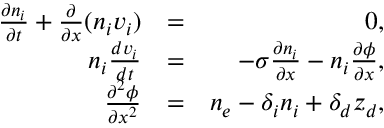
\begin{array} { r l r } { \frac { \partial n _ { i } } { \partial t } + \frac { \partial } { \partial x } ( n _ { i } v _ { i } ) } & { = } & { 0 , } \\ { n _ { i } \frac { d v _ { i } } { d t } } & { = } & { - \sigma \frac { \partial n _ { i } } { \partial x } - n _ { i } \frac { \partial \phi } { \partial x } , } \\ { \frac { \partial ^ { 2 } \phi } { \partial x ^ { 2 } } } & { = } & { n _ { e } - \delta _ { i } n _ { i } + \delta _ { d } z _ { d } , } \end{array}